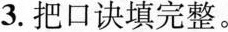
3. 把口诀填完整。